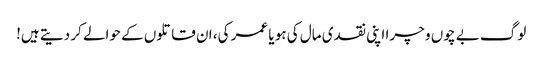
لوگ بے چوں و چرا اپنی نقدی مال کی ہو یا عمر کی، ان قاتلوں کے حوالے کر دیتے ہیں!